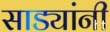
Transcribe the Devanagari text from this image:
साड्यांनी